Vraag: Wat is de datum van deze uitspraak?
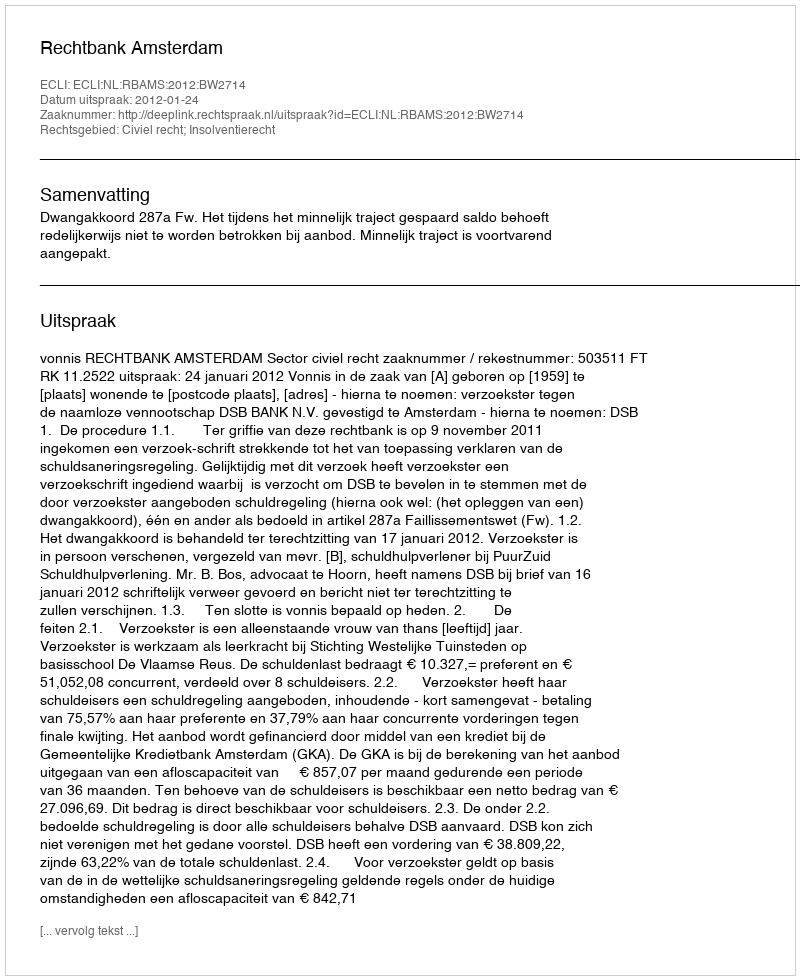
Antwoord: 2012-01-24